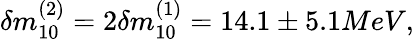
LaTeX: \delta m_{10}^{(2)}=2\delta m_{10}^{(1)}=14.1\pm 5.1MeV,